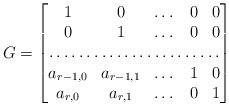
LaTeX: \begin{align*} G = \begin{bmatrix}1 & 0 & \dots & 0 & 0 \\0 & 1 & \dots & 0 & 0 \\\hdotsfor{5} \\a_{r-1,0} & a_{r-1,1} & \dots & 1 & 0 \\a_{r,0} & a_{r,1} & \dots & 0 & 1 \end{bmatrix} \end{align*}